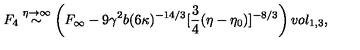
F _ { 4 } \stackrel { \eta \rightarrow \infty } { \sim } \left( F _ { \infty } - 9 \gamma ^ { 2 } b ( 6 \kappa ) ^ { - 1 4 / 3 } [ \frac { 3 } { 4 } ( \eta - \eta _ { 0 } ) ] ^ { - 8 / 3 } \right) v o l _ { 1 , 3 } ,